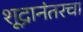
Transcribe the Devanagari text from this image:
शूद्रानंतरचा